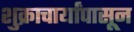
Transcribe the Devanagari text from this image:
शुक्राचार्यांपासून